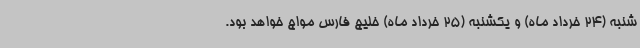
شنبه (24 خرداد ماه) و یکشنبه (25 خرداد ماه) خلیج فارس مواج خواهد بود.